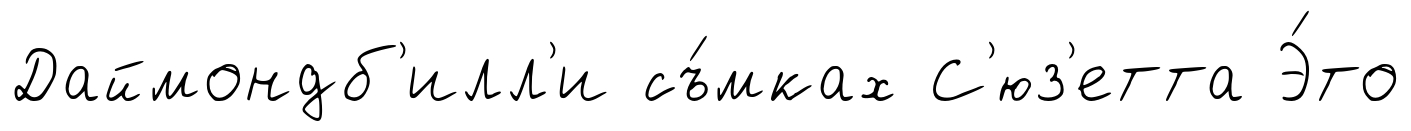
Даймондб'илл'и съ́мках С'юз'етта Э́то